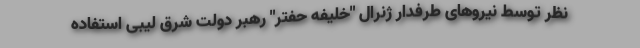
نظر توسط نیروهای طرفدار ژنرال "خلیفه حفتر" رهبر دولت شرق لیبی استفاده